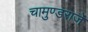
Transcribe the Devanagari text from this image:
चामुण्डराजे